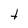
Character: t